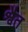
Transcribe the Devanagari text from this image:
श्वैत